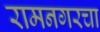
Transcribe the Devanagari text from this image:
रामनगरचा